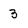
Character: 3